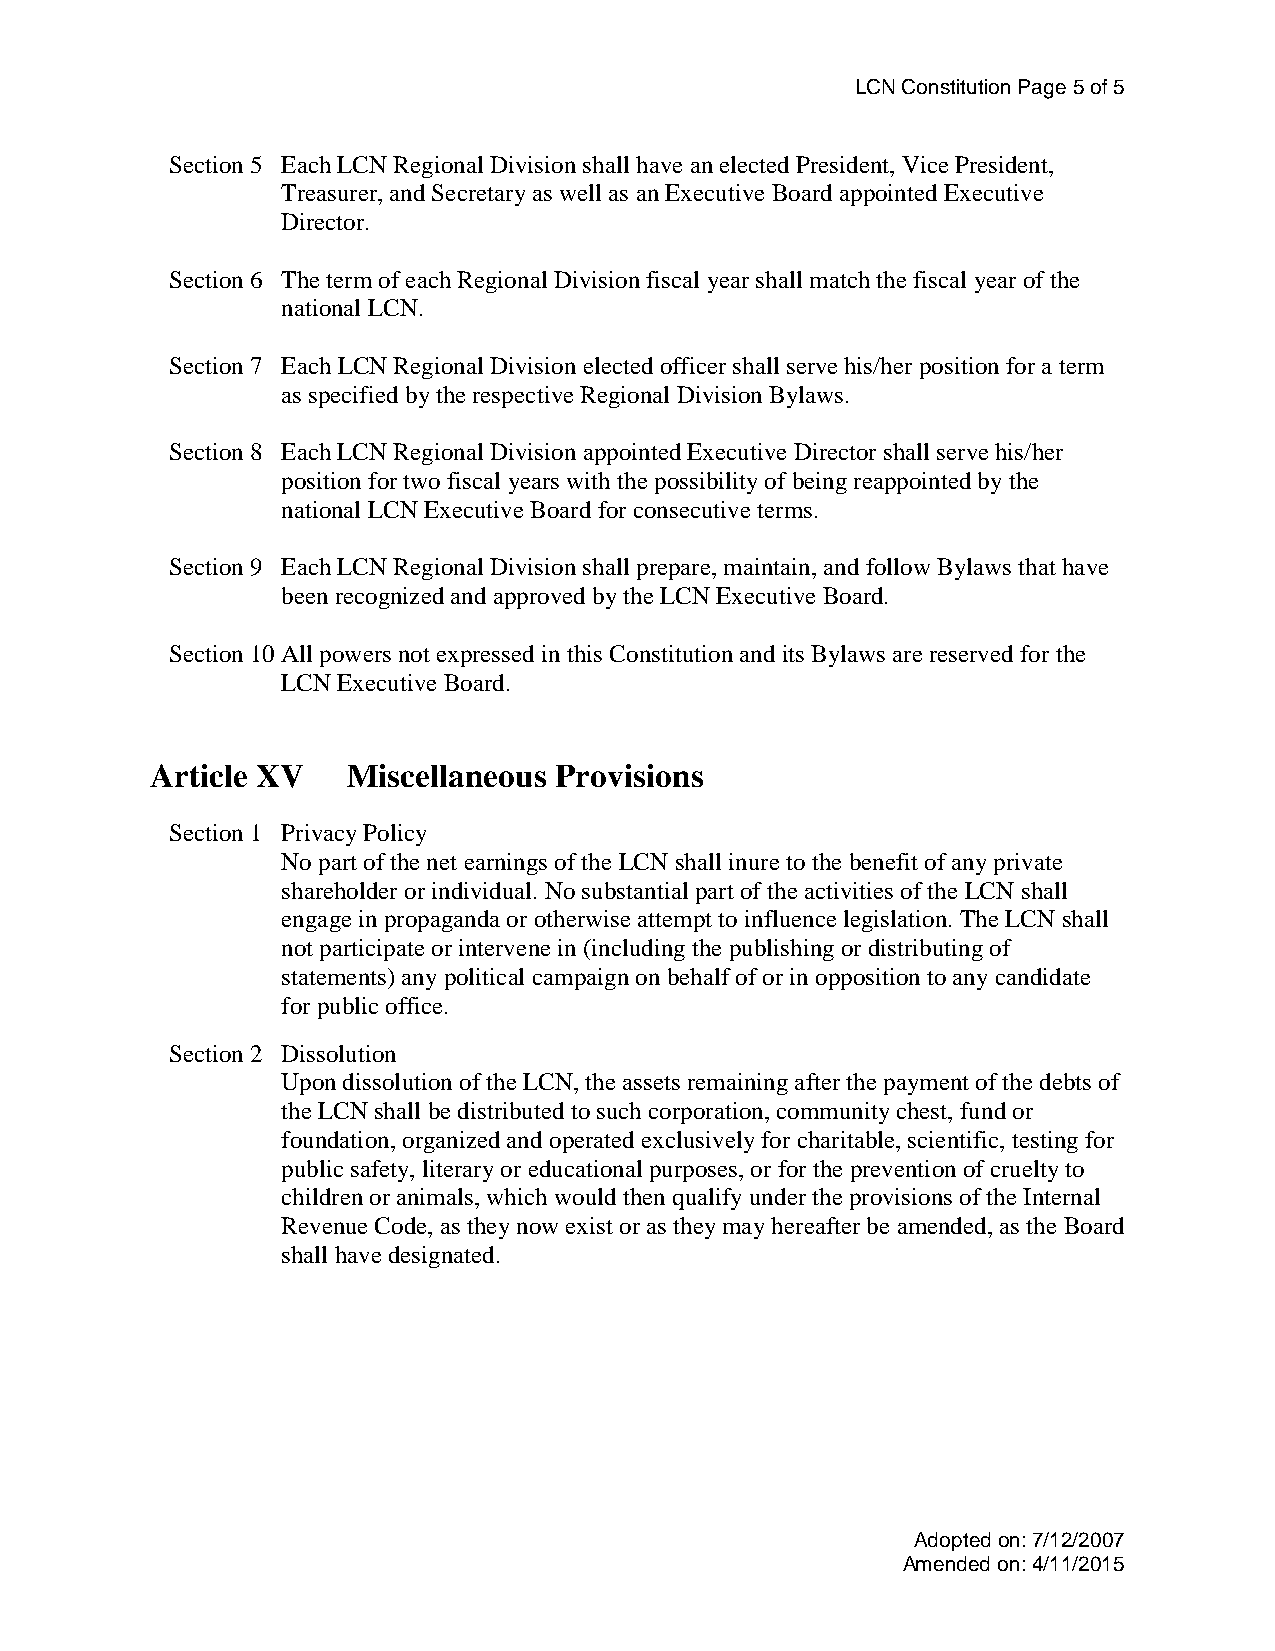
LCN Constitution Page 5 of 5
 Section 5 Each LCN Regional Division shall have an elected President, Vice President,
 Treasurer, and Secretary as well as an Executive Board appointed Executive
 Director.
 Section 6 The term of each Regional Division fiscal year shall match the fiscal year of the
 national LCN.
 Section 7 Each LCN Regional Division elected officer shall serve his/her position for a term
 as specified by the respective Regional Division Bylaws.
 Section 8 Each LCN Regional Division appointed Executive Director shall serve his/her
 position for two fiscal years with the possibility of being reappointed by the
 national LCN Executive Board for consecutive terms.
 Section 9 Each LCN Regional Division shall prepare, maintain, and follow Bylaws that have
 been recognized and approved by the LCN Executive Board.
 Section 10 All powers not expressed in this Constitution and its Bylaws are reserved for the
 LCN Executive Board.
 Article XV   Miscellaneous Provisions
 Section 1 Privacy Policy
 No part of the net earnings of the LCN shall inure to the benefit of any private
 shareholder or individual. No substantial part of the activities of the LCN shall
 engage in propaganda or otherwise attempt to influence legislation. The LCN shall
 not participate or intervene in (including the publishing or distributing of
 statements) any political campaign on behalf of or in opposition to any candidate
 for public office.
 Section 2 Dissolution
 Upon dissolution of the LCN, the assets remaining after the payment of the debts of
 the LCN shall be distributed to such corporation, community chest, fund or
 foundation, organized and operated exclusively for charitable, scientific, testing for
 public safety, literary or educational purposes, or for the prevention of cruelty to
 children or animals, which would then qualify under the provisions of the Internal
 Revenue Code, as they now exist or as they may hereafter be amended, as the Board
 shall have designated.
 Adopted on: 7/12/2007
 Amended on: 4/11/2015